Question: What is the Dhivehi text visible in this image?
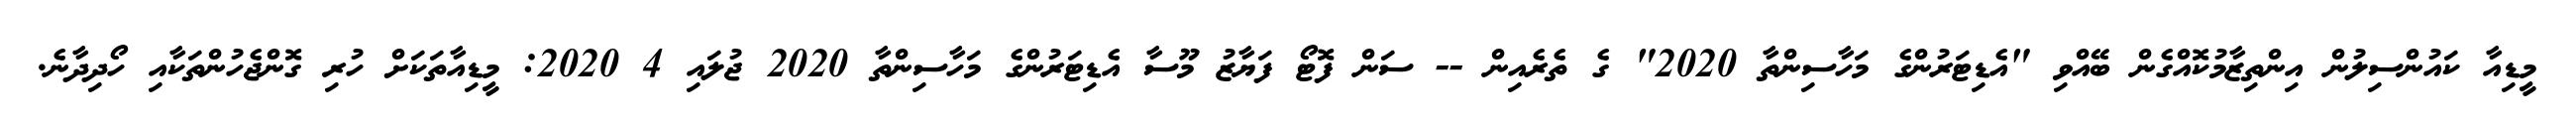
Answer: މީޑިއާ ކައުންސިލުން އިންތިޒާމުކޮއްގެން ބޭއްވި "އެޑިޓަރުންގެ މަހާސިންތާ 2020" ގެ ތެރެއިން -- ސަން ފޮޓޯ ފަޔާޒު މޫސާ އެޑިޓަރުންގެ މަހާސިންތާ 2020 ޖުލައި 4 2020: މީޑިއާތަކަށް ހުރި ގޮންޖެހުންތަކާއި ހޯދިދާނެ.